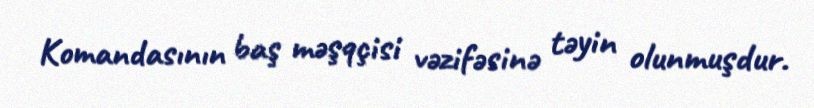
Komandasının baş məşqçisi vəzifəsinə təyin olunmuşdur.